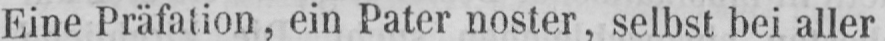
Eine Präfation, ein Paternoster, selbst bei aller